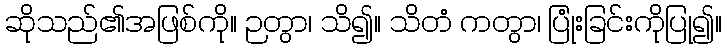
ဆိုသည်၏အဖြစ်ကို။ ဉတွာ၊ သိ၍။ သိတံ ကတွာ၊ ပြုံးခြင်းကိုပြု၍။